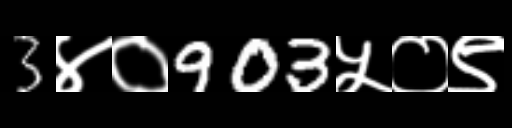
Text: 3४०903५०९